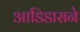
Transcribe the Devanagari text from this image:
आडिडासने